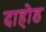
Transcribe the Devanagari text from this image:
दाहोड